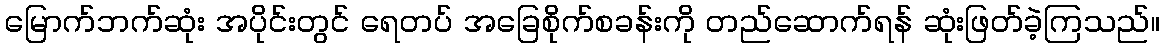
မြောက်ဘက်ဆုံး အပိုင်းတွင် ရေတပ် အခြေစိုက်စခန်းကို တည်ဆောက်ရန် ဆုံးဖြတ်ခဲ့ကြသည်။